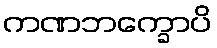
ကဏဘက္ခောပိ